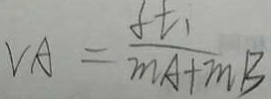
V A = \frac { f t _ { 1 } } { m A + m B }